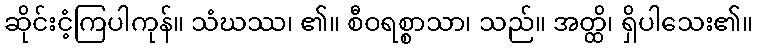
ဆိုင်းငံ့ကြပါကုန်။ သံဃဿ၊ ၏။ စီဝရစ္စာသာ၊ သည်။ အတ္ထိ၊ ရှိပါသေး၏။